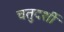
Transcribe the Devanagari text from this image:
चतुदर्शी